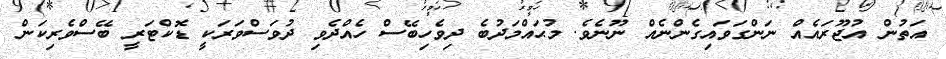
އަތުން އުޖޫރައެއް ނަންގަވައިގެންނެއް ނޫނެވެ. މުޙައްމަދުބެ ދިވެހިބޭސް ހެއްދެވި ދުވަސްވަރަކީ ޑޮކްޓަރީ ބޭސްވެރިކަން